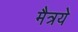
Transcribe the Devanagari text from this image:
मैत्रये